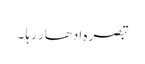
تبصرہ ادھار رہا ۔